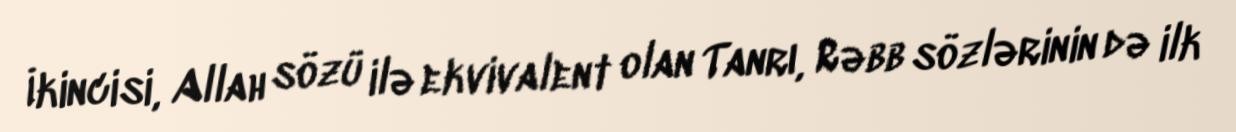
İkincisi, Allah sözü ilə ekvivalent olan Tanrı, Rəbb sözlərinin də ilk